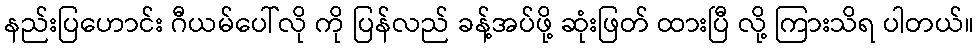
နည်းပြဟောင်း ဂီယမ်ပေါ်လို ကို ပြန်လည် ခန့်အပ်ဖို့ ဆုံးဖြတ် ထားပြီ လို့ ကြားသိရ ပါတယ်။